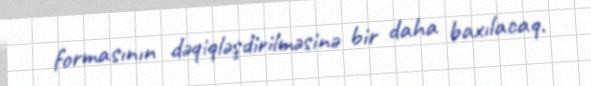
formasının dəqiqləşdirilməsinə bir daha baxılacaq.